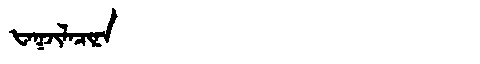
Manchu: ᡶᠠᡴᠵᡳᠯᠠᠴᡳᠨᠠ
Romanization: FAKJILACINA